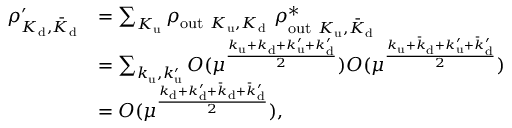
\begin{array} { r l } { \rho _ { K _ { \mathrm { d } } , \bar { K } _ { \mathrm { d } } } ^ { \prime } } & { = \sum _ { K _ { \mathrm { u } } } \rho _ { \mathrm { o u t } ~ K _ { \mathrm { u } } , K _ { \mathrm { d } } } ~ \rho _ { \mathrm { o u t } ~ K _ { \mathrm { u } } , \bar { K } _ { \mathrm { d } } } ^ { * } } \\ & { = \sum _ { k _ { \mathrm { u } } , k _ { \mathrm { u } } ^ { \prime } } O ( \mu ^ { \frac { k _ { \mathrm { u } } + k _ { \mathrm { d } } + k _ { \mathrm { u } } ^ { \prime } + k _ { \mathrm { d } } ^ { \prime } } { 2 } } ) O ( \mu ^ { \frac { k _ { \mathrm { u } } + \bar { k } _ { \mathrm { d } } + k _ { \mathrm { u } } ^ { \prime } + \bar { k } _ { \mathrm { d } } ^ { \prime } } { 2 } } ) } \\ & { = O ( \mu ^ { \frac { k _ { \mathrm { d } } + k _ { \mathrm { d } } ^ { \prime } + \bar { k } _ { \mathrm { d } } + \bar { k } _ { \mathrm { d } } ^ { \prime } } { 2 } } ) , } \end{array}